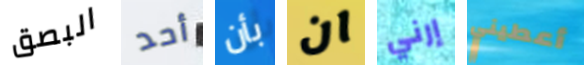
البصق أحد بأن ان إرني أعطيني